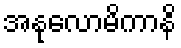
အနုလောမိကာနိ